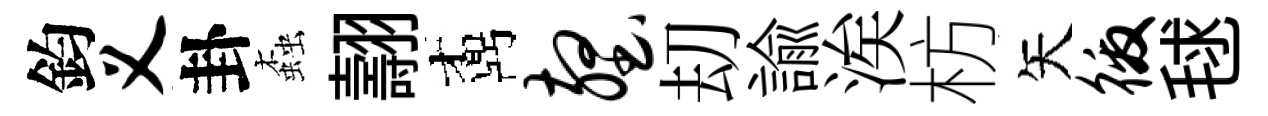
鈞义卦螙翿鼒壑刧諭涘枋矢徼毬